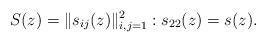
LaTeX: \begin{align*}S(z)=\|s_{ij}(z)\|_{i,j=1}^2: s_{22}(z)=s(z).\end{align*}